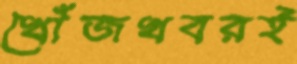
খোঁজখবরই